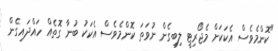
"ކޮންމެވެސް އެކަކަށް މެޖޯރިޓީ ލިބިގެން ނުވަތަ ކޮންމެވެސް އެކަކު ބުނާ ގޮތެއް ހައްދައިގެން